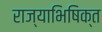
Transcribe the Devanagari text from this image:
राज्याभिषिक्त